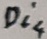
Text: Di4